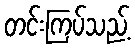
တင်းကြပ်သည့်